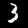
Label: 3